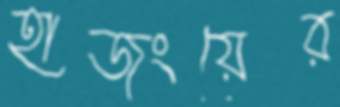
হাজংয়ের